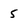
Character: 5